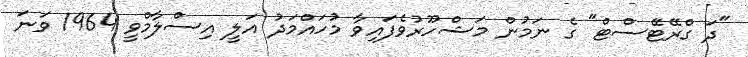
"ދަ ގްރޭޓޭސްޓް" ގެ ނަމުން މަޝްހޫރުވެފައިވާ މުހައްމަދު އަލީ އިސްލާމްވީ 1964 ވަނަ